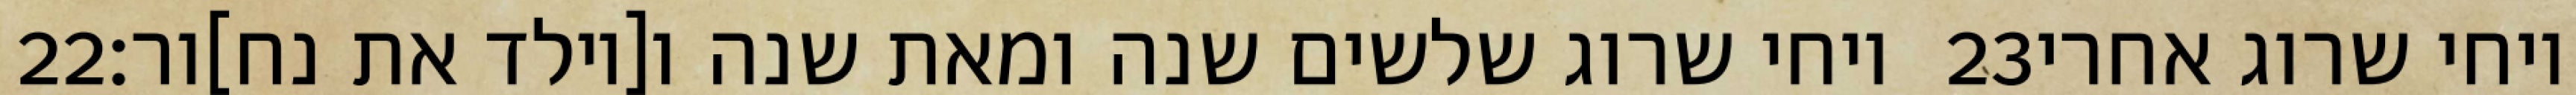
‎22‏ ויחי שרוג שלשים שנה ומאת שנה ו[יולד את נח]ור׃ ‎23‏ ויחי שרוג אחרי